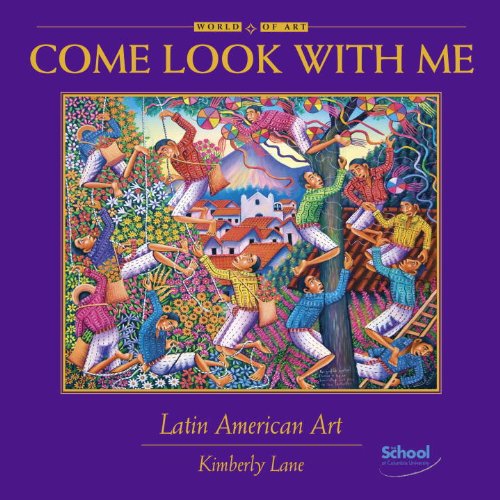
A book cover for Come Look With Me, Latin American Art; Kimberly Lane; Children's Books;